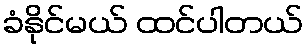
ခံနိုင်မယ် ထင်ပါတယ်